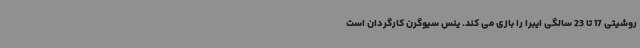
روشیتی 17 تا 23 سالگی ایبرا را بازی می کند. ینس سیوگرن کارگردان است